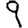
Digit: 9